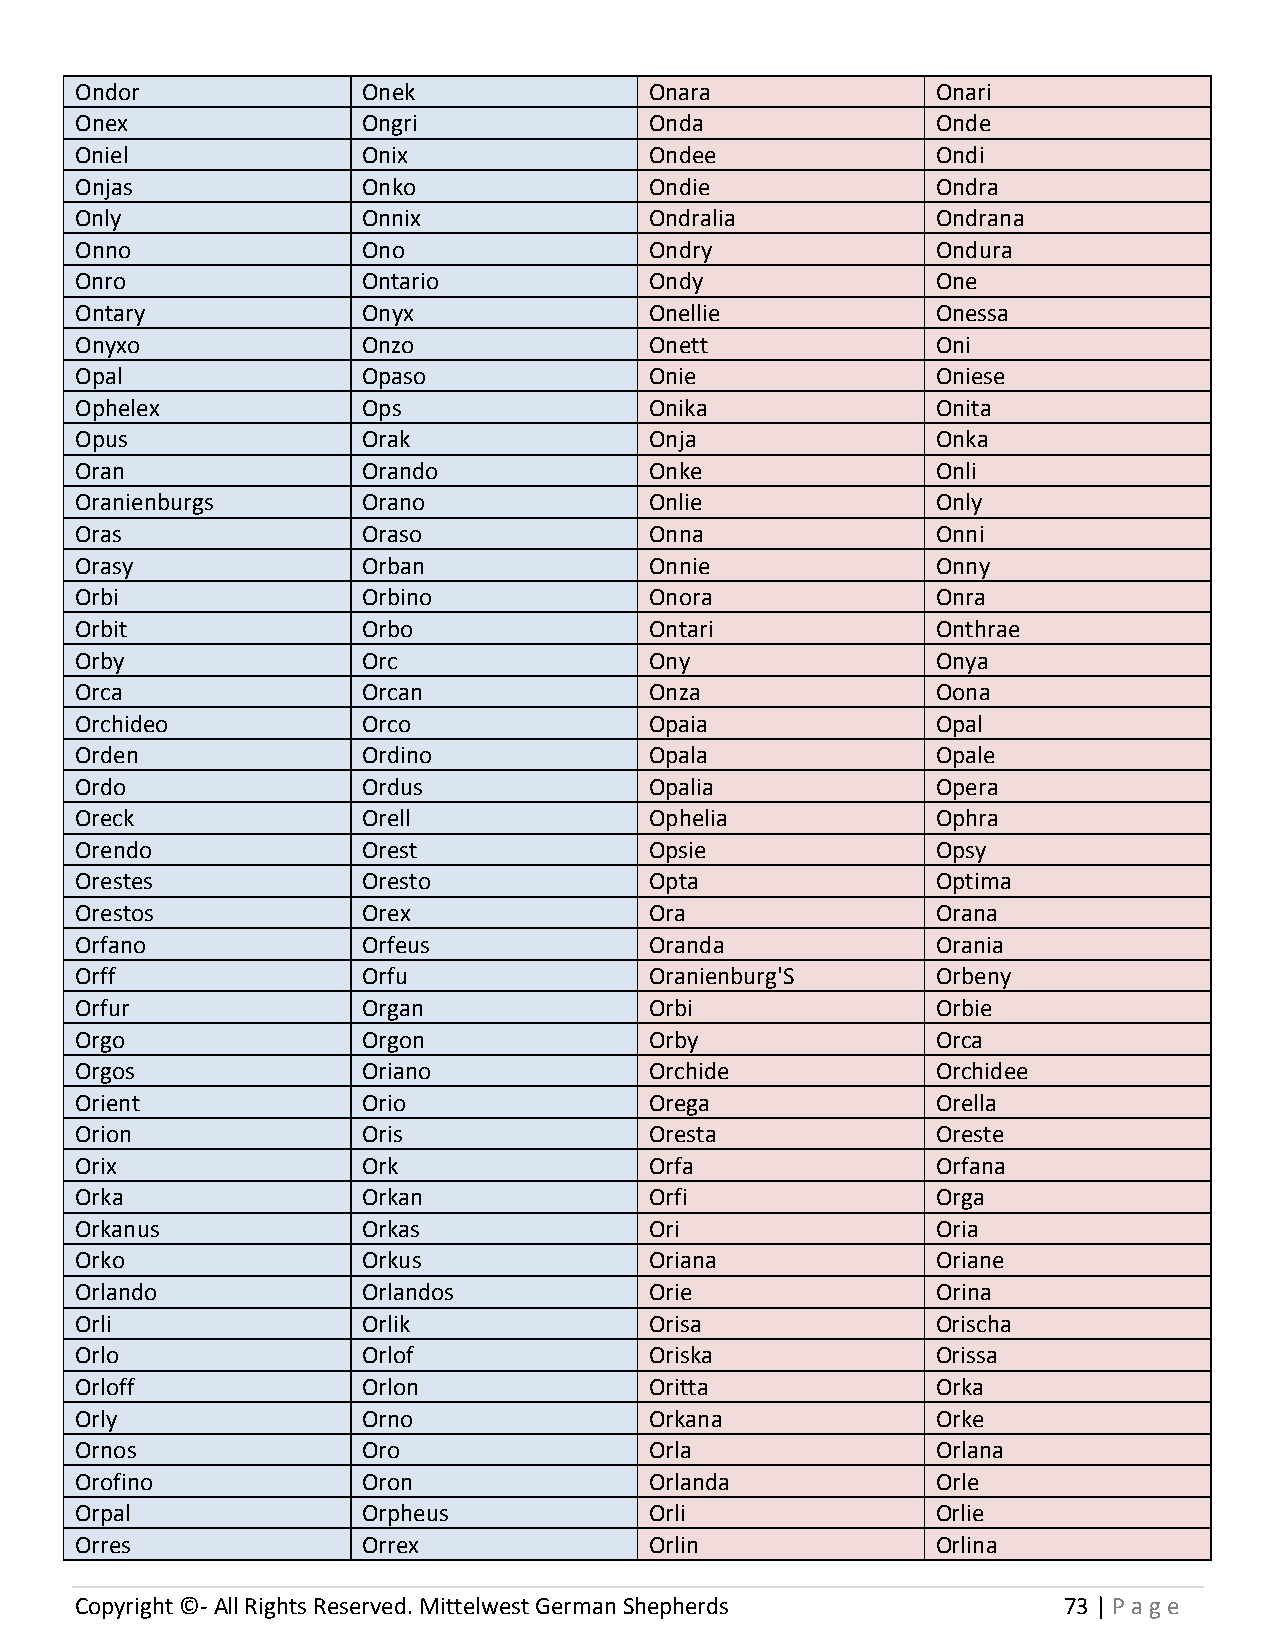
Ondor              Onek               Onara              Onari
 Onex               Ongri              Onda               Onde
 Oniel              Onix               Ondee              Ondi
 Onjas              Onko               Ondie              Ondra
 Only               Onnix              Ondralia           Ondrana
 Onno               Ono                Ondry              Ondura
 Onro               Ontario            Ondy               One
 Ontary             Onyx               Onellie            Onessa
 Onyxo              Onzo               Onett              Oni
 Opal               Opaso              Onie               Oniese
 Ophelex            Ops                Onika              Onita
 Opus               Orak               Onja               Onka
 Oran               Orando             Onke               Onli
 Oranienburgs       Orano              Onlie              Only
 Oras               Oraso              Onna               Onni
 Orasy              Orban              Onnie              Onny
 Orbi               Orbino             Onora              Onra
 Orbit              Orbo               Ontari             Onthrae
 Orby               Orc                Ony                Onya
 Orca               Orcan              Onza               Oona
 Orchideo           Orco               Opaia              Opal
 Orden              Ordino             Opala              Opale
 Ordo               Ordus              Opalia             Opera
 Oreck              Orell              Ophelia            Ophra
 Orendo             Orest              Opsie              Opsy
 Orestes            Oresto             Opta               Optima
 Orestos            Orex               Ora                Orana
 Orfano             Orfeus             Oranda             Orania
 Orff               Orfu               Oranienburg'S      Orbeny
 Orfur              Organ              Orbi               Orbie
 Orgo               Orgon              Orby               Orca
 Orgos              Oriano             Orchide            Orchidee
 Orient             Orio               Orega              Orella
 Orion              Oris               Oresta             Oreste
 Orix               Ork                Orfa               Orfana
 Orka               Orkan              Orfi               Orga
 Orkanus            Orkas              Ori                Oria
 Orko               Orkus              Oriana             Oriane
 Orlando            Orlandos           Orie               Orina
 Orli               Orlik              Orisa              Orischa
 Orlo               Orlof              Oriska             Orissa
 Orloff             Orlon              Oritta             Orka
 Orly               Orno               Orkana             Orke
 Ornos              Oro                Orla               Orlana
 Orofino            Oron               Orlanda            Orle
 Orpal              Orpheus            Orli               Orlie
 Orres              Orrex              Orlin              Orlina
 Copyright ©- All Rights Reserved. Mittelwest German Shepherds    73 | P age